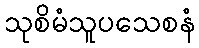
သုစိမံသူပသေစနံ